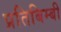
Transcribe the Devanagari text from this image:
प्रतिबिम्बी